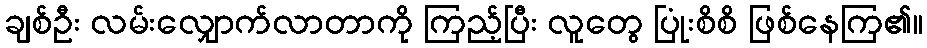
ချစ်ဦး လမ်းလျှောက်လာတာကို ကြည့်ပြီး လူတွေ ပြုံးစိစိ ဖြစ်နေကြ၏။